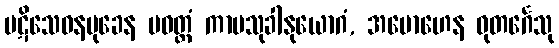
ပဋိသေဝနမုခေန ပဝတ္တံ ကာမသုခါနုယောဂံ, အမောဟေန ဓုတင်္ဂေသု